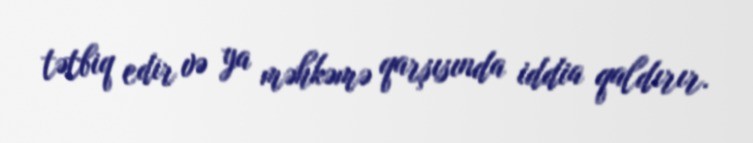
tətbiq edir və ya məhkəmə qarşısında iddia qaldırır.